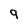
Character: g